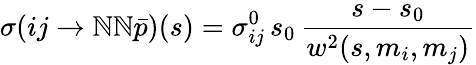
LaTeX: \sigma(ij\rightarrow\mathbb{N}\mathbb{N}\bar{{p}})(s)=\sigma_{ij}^{0}\, s_{0}\, \frac{{s-s_{0}}}{{w^{2}(s,m_{i},m_{j})}}